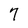
Character: 7